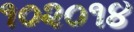
૧૦૨૦૧૪